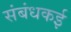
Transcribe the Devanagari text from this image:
संबंधकई